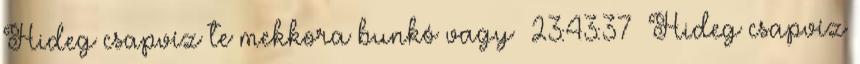
Hideg csapvíz te mekkora bunkó vagy 23:43:37 Hideg csapvíz